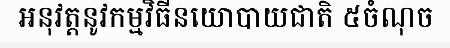
អនុវត្តនូវកម្មវិធីនយោបាយជាតិ ៥ចំណុច